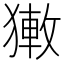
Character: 𤡄